Civil Veterinary Department. Madras. Admin. report 1926-33 - 1926-1933
Year: 1926
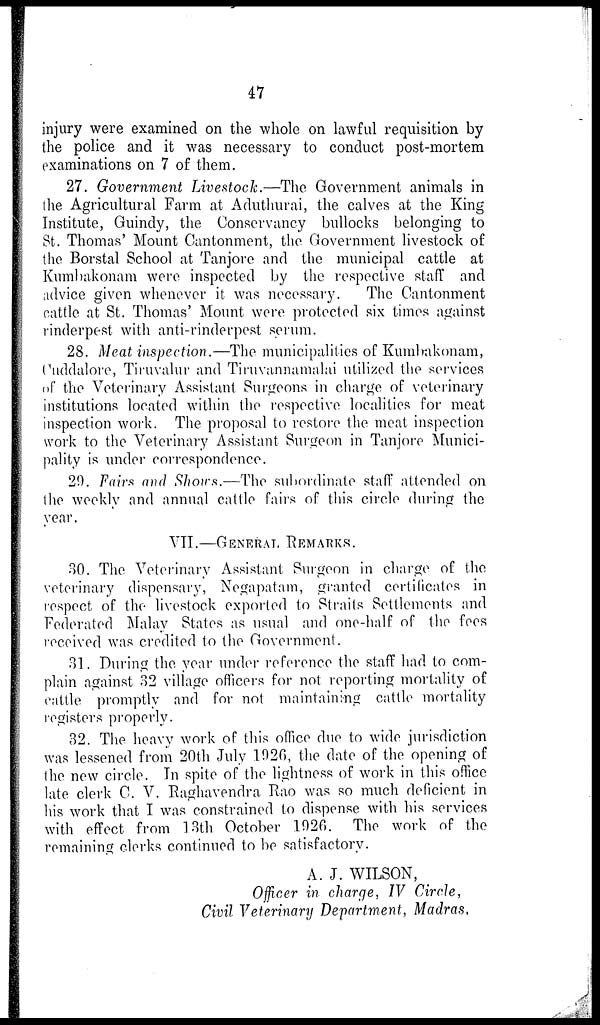
47
injury were examined on the whole on lawful requisition by
the police and it was necessary to conduct post-mortem
examinations on 7 of them.
27. Government Livestock.—The Government animals in
the Agricultural Farm at Aduthurai, the calves at the King
Institute, Guindy, the Conservancy bullocks belonging to
St. Thomas' Mount Cantonment, the Government livestock of
the Borstal School at Tanjore and the municipal cattle at
Kumbakonam were inspected by the respective staff and
advice given whenever it was necessary.
The Cantonment
cattle at St. Thomas' Mount were protected six times against
rinderpest with anti-rinderpest serum.
28. Meat inspection.—The municipalities of Kumbakonam,
Cuddalore, Tiruvalur and Tiruvannamalai utilized the services
of the Veterinary Assistant Surgeons in charge of veterinary
institutions located within the respective localities for meat
inspection work. The proposal to restore the meat inspection
work to the Veterinary Assistant Surgeon in Tanjore Munici-
pality is under correspondence.
20. Fairs and Shows.—The subordinate staff attended on
the weekly and annual cattle fairs of this circle during the
year.
VII.—GENERAL REMARKS.
30. The Veterinary Assistant Surgeon in charge of the
veterinary dispensary, Negapatam, granted certificates in
respect of the livestock exported to Straits Settlements and
Federated Malay States as usual and one-half of the fees
received was credited to the Government.
31. During the year under reference the staff had to com-
plain against 32 village officers for not reporting mortality of
cattle promptly and for not maintaining cattle mortality
registers properly.
32. The heavy work of this office due to wide jurisdiction
was lessened from 20th July 1926, the date of the opening of
the new circle. In spite of the lightness of work in this office
late clerk C. V. Raghavendra Rao was so much deficient in
his work that I was constrained to dispense with his services
with effect from 13th October 1926. The work of the
remaining clerks continued to be satisfactory.
A. J. WILSON,
Officer in charge, IV Circle,
Civil Veterinary Department, Madras,